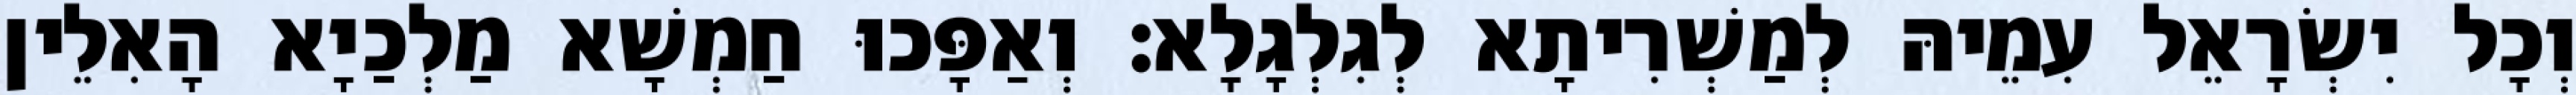
וְכָל יִשְׂרָאֵל עִמֵיהּ לְמַשְׁרִיתָא לְגִלְגָלָא׃ וְאַפָּכוּ חַמְשָׁא מַלְכַיָא הָאִלֵין